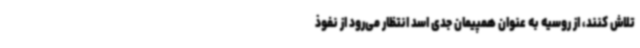
تلاش کنند، از روسیه به عنوان همپیمان جدی اسد انتظار می‌رود از نفوذ